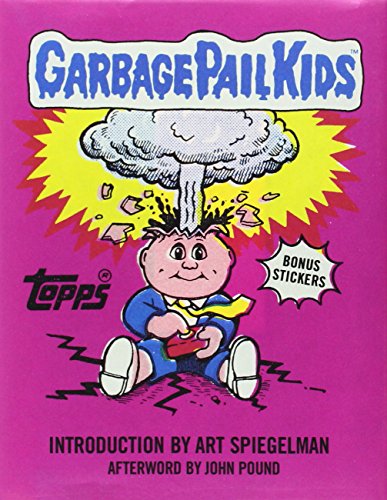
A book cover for Garbage Pail Kids; The Topps Company; Humor & Entertainment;